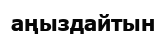
аңыздайтын